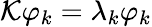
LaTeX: {\cal K}\varphi_{k}=\lambda_{k}\varphi_{k}